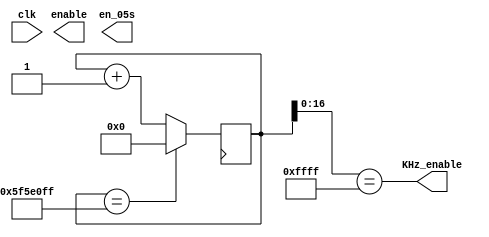
module en_gen_50MHz(
					input  clk,             // clock (100MHz)
					output enable,          // enable (1sec)
					output KHz_enable,      // enable (~1kHz)
					output en_05s           // 0.5 sec clock
					);

parameter SEC1_MAX = 100_000_000, // 100MHz̐ݒ
		  MAX_CNT = 16'hFFFF; // KHzCl[u̐ݒ

reg [26:0] tmp_count = 27'h0; // 1bJE^
wire ENABLE_tmp; // 1bCl[u

always @(posedge CLK)
begin
	if (ENABLE_tmp == 1'b1)
		tmp_count <= 'b0;
	else
		tmp_count <= tmp_count + 27'h1; // 1bJE^
end

assign ENABLE_tmp = (tmp_count == (SEC1_MAX - 1)); // 100000000NbN11o
assign ENABLE = ENABLE_tmp;
assign KHz_enable = (tmp_count[16:0] == MAX_CNT); // X"FFFF"11o(܂ɋU肷)
assign EN_05 = (tmp_count <= (SEC1_MAX/2 - 1)); // 0.5bƂ1, 0JԂ

endmodule